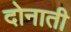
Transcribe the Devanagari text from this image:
दोनाती